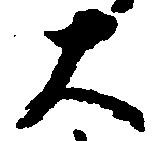
大